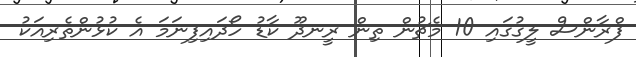
ފްރާންސް ލީގުގައި 10 މެޗުން ތިން ރީނދޫ ކާޑު ހޯދައިފިނަމަ އެ ކުޅުންތެރިއަކު